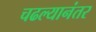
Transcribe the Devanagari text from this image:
चढल्यानंतर